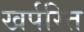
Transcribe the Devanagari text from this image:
खर्परित